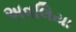
અવલિયા